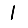
Digit: 1